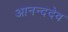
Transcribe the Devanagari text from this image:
आनन्ददेव